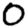
Digit: 0